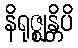
နိရုဇ္ဈန္တိပိ